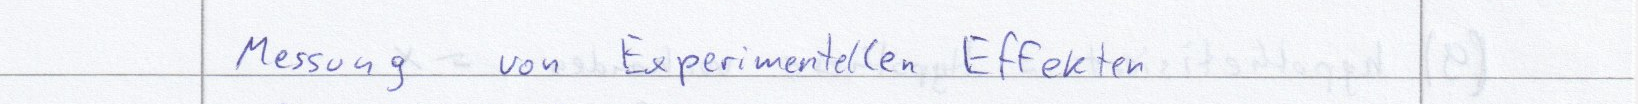
Messung von Experimentellen Effekten